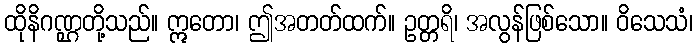
ထိုနိဂဏ္ဌတို့သည်။ ဣတော၊ ဤအတတ်ထက်။ ဥတ္တရိ၊ အလွန်ဖြစ်သော။ ဝိသေသံ၊